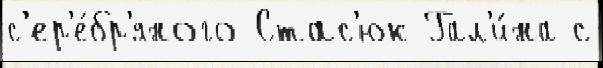
с'ер'е́бр'яного Стас'юк Гал'и́на с